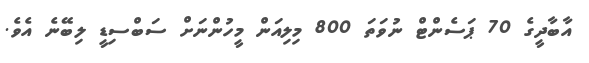
އާބާދީގެ 70 ޕަސެންޓް ނުވަތަ 800 މިލިއަން މީހުންނަށް ސަބްސިޑީ ލިބޭނެ އެވެ.